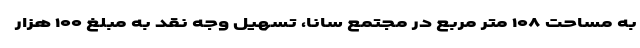
به مساحت ۱۰۸ متر مربع در مجتمع سانا، تسهیل وجه نقد به مبلغ ۱۰۰ هزار